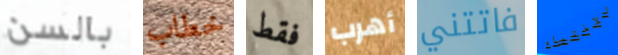
بالسن خطاب فقط أهرب فاتتني للاختباء